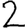
Digit: 2